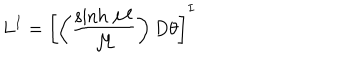
L ^ { I } = \left[ \left( { \frac { \sinh { \cal M } } { \cal M } } \right) D \theta \right] ^ { I }